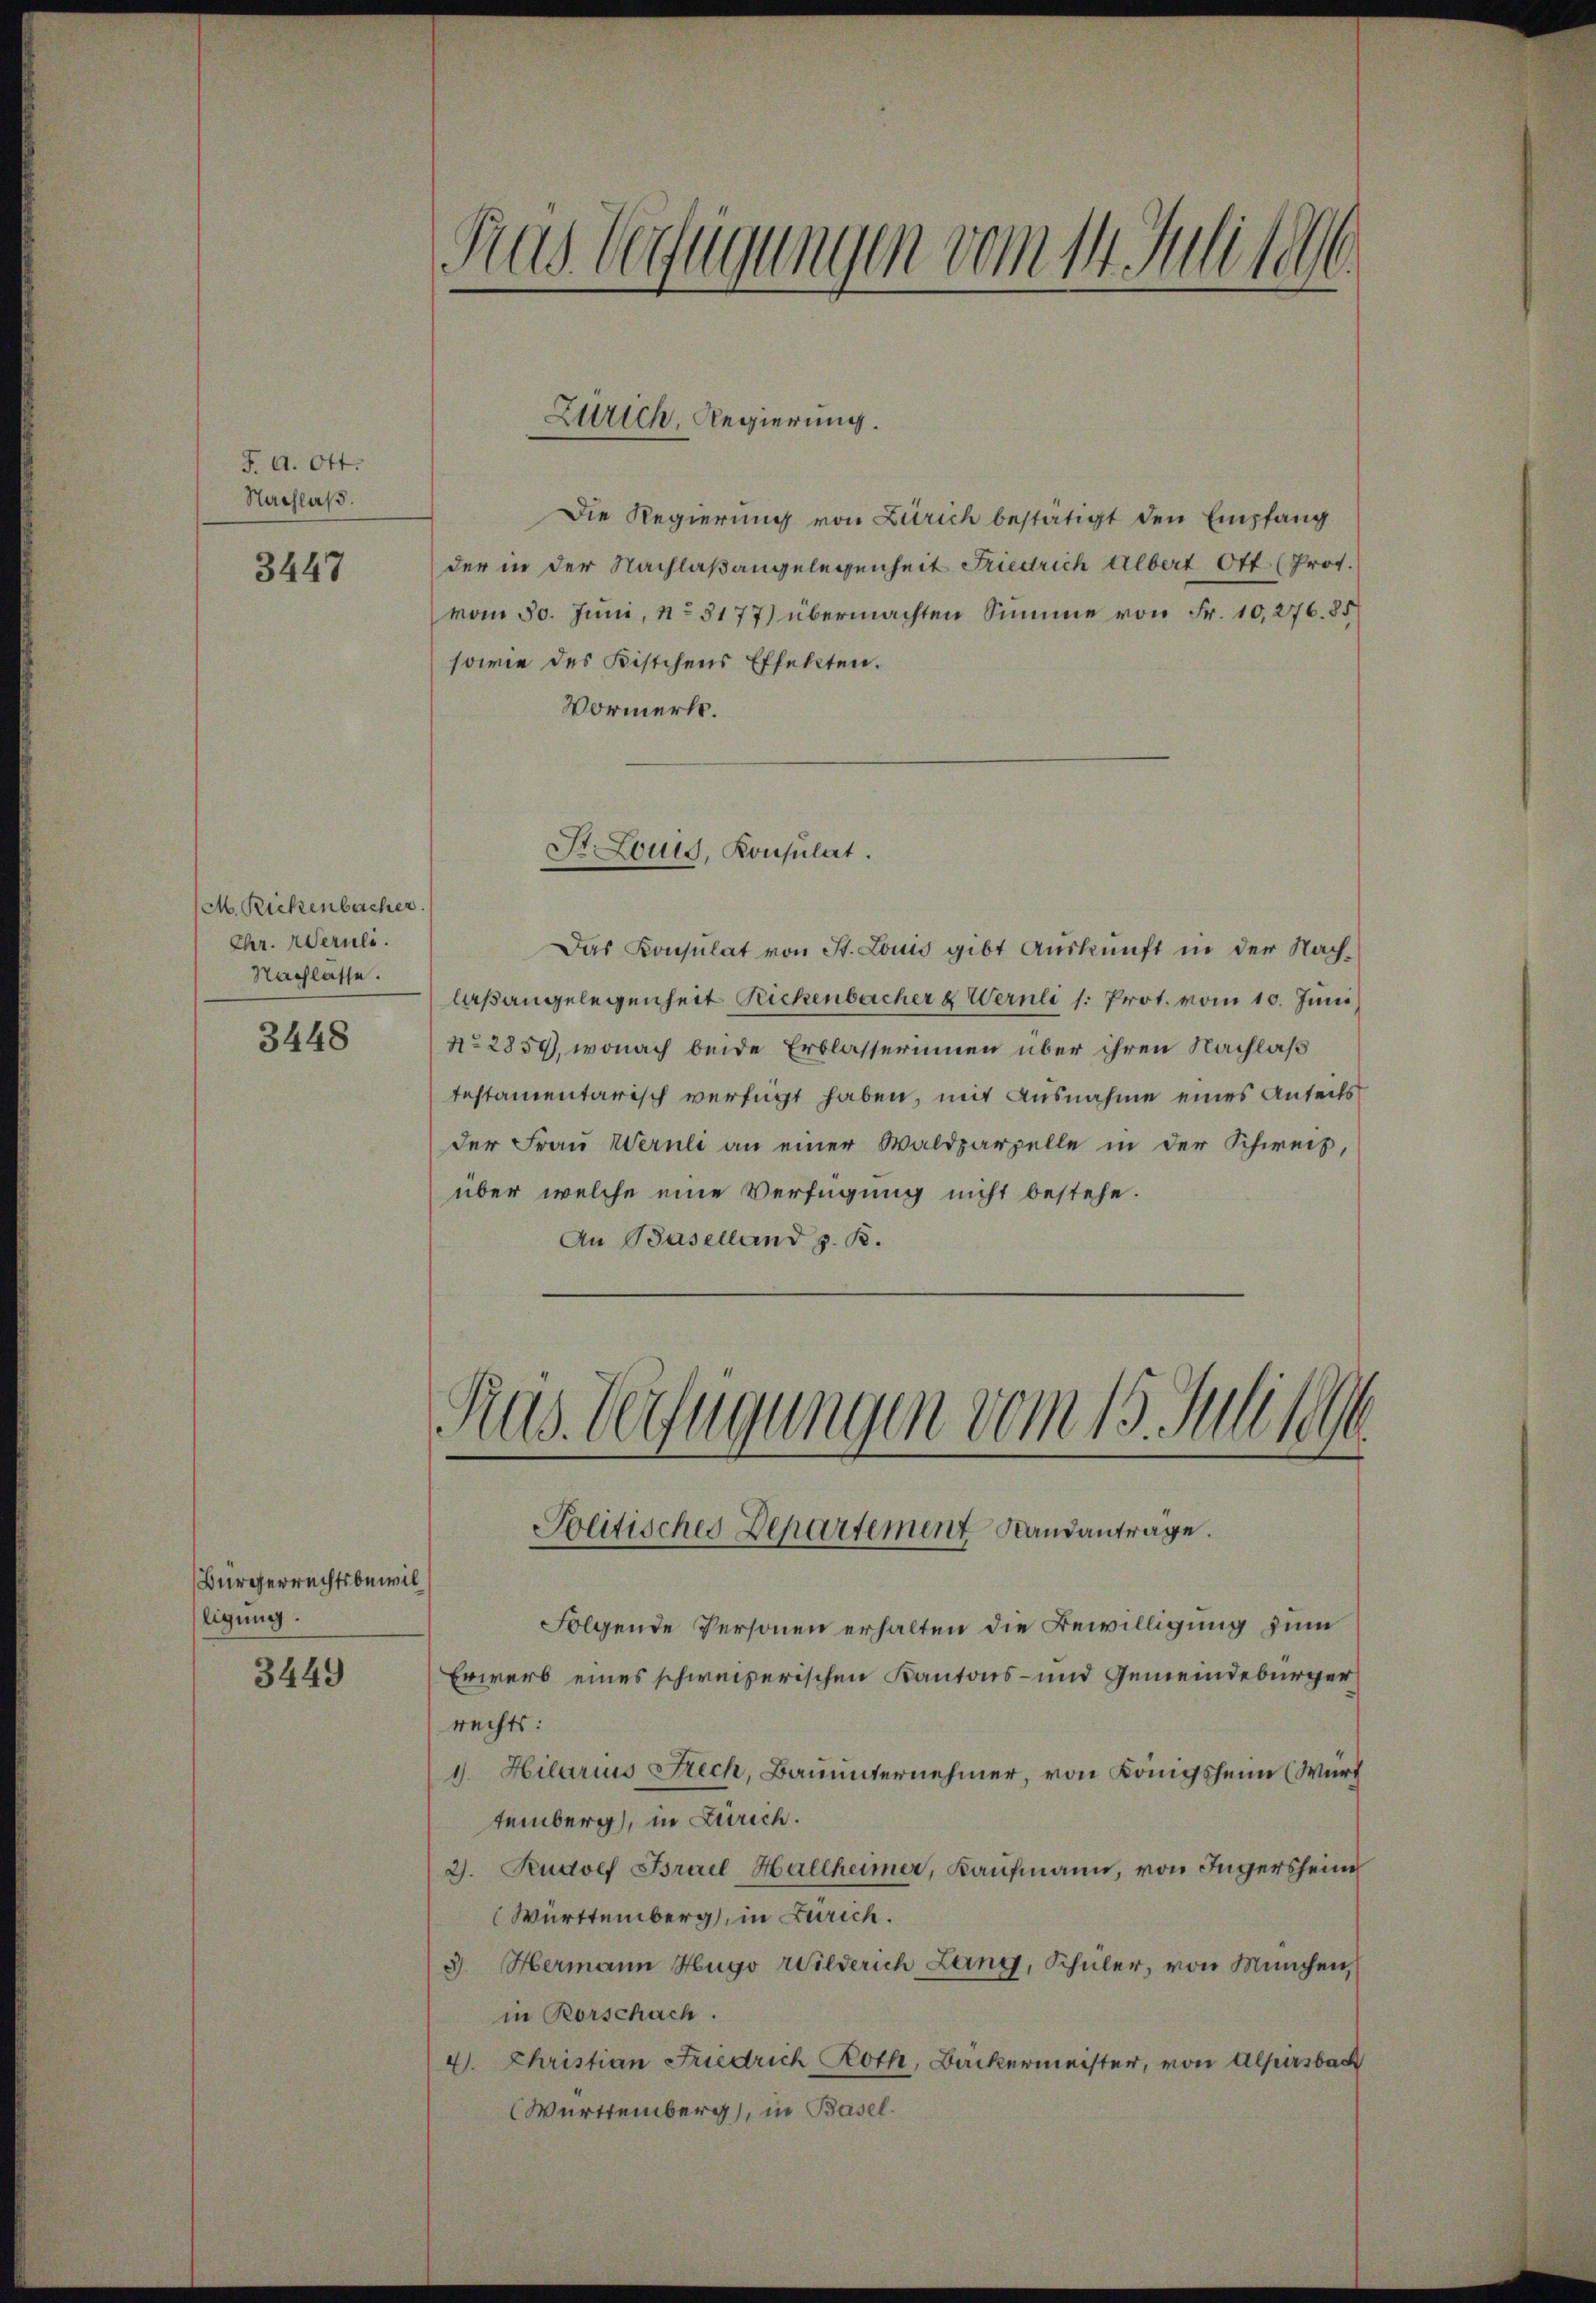
J. A. Ott.
Nachlaß.

3447

M. Rickenbacher.
Chr. Wernli.
Nachlässe.

3448

Bürgerrechtsbewil
ligung.

3449

Rus befügungen vom 14. Juli 186

Zürich, Regierung.

Die Regierung von Zürich bestätigt den Empfang
der in der Nachlaßangelegenheit Friedrich Albert Ott (Prot.
vom 30. Juni, No. 3177) übermachten Summe von Fr. 10,276. 85
sowie des Kistchens Effekten.
Vormerkt.
Das Konsulat von St. Louis gibt Auskunft in der Nach-
laßangelegenheit Rickenbacher & Wernli /: Prot. vom 10. Juni
No 2850, wonach beide Erblasserinnen über ihren Nachlaß
testamentarisch verfügt haben, mit Ausnahme eines Anteils
der Frau Weruli an einer Waldparzelle in der Schweiz,
über welche eine Verfügung nicht bestehe.
An Baselland z. B.

St. Louis, Konsulat.

Folgende Personen erhalten die Bewilligung zum
Erwerb eines schweizerischen Kantons- und Gemeindebürger
rechts:
d. Hilarius Frech, Bauunternehmer, von Königsheim (Wurf
temberg, in Zürich.
2). Rudolf Bsrael Hallheimer, Kaŭfmann, von Ingersheim
Württemberg, in Zürich.
3. Hermann Hugo Wilderich Lang, Schüler, von München,
in Rorschach.
4. Christian Friedrich Roth, Backermeister, von Alpirsbach
Württemberg), in Basel.

Rus Verfügungen vom 15. Juli 1896
Politisches Departement Standantrage.